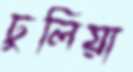
ঢুলিয়া